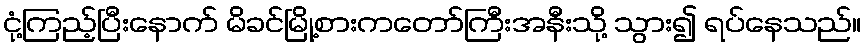
ငုံ့ကြည့်ပြီးနောက် မိခင်မြို့စားကတော်ကြီးအနီးသို့ သွား၍ ရပ်နေသည်။